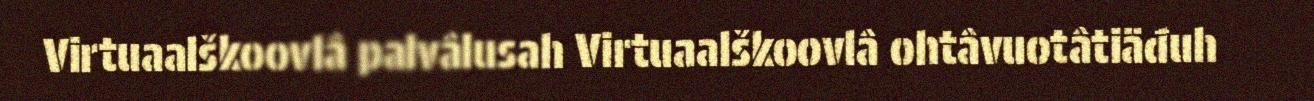
Virtuaalškoovlâ palvâlusah Virtuaalškoovlâ ohtâvuotâtiäđuh